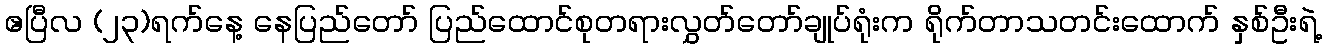
ဧပြီလ (၂၃)ရက်နေ့ နေပြည်တော် ပြည်ထောင်စုတရားလွှတ်တော်ချုပ်ရုံးက ရိုက်တာသတင်းထောက် နှစ်ဦးရဲ့